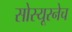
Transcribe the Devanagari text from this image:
सोस्यूरनेच